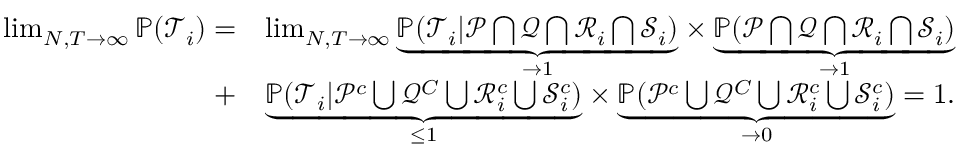
\begin{array} { r l } { \operatorname* { l i m } _ { N , T \to \infty } \mathbb { P } ( \mathcal { T } _ { i } ) = } & { \operatorname* { l i m } _ { N , T \to \infty } \underset { \to 1 } { \underbrace { \mathbb { P } ( \mathcal { T } _ { i } \vert \mathcal { P } \bigcap \mathcal { Q } \bigcap \mathcal { R } _ { i } \bigcap \mathcal { S } _ { i } ) } } \times \underset { \to 1 } { \underbrace { \mathbb { P } ( \mathcal { P } \bigcap \mathcal { Q } \bigcap \mathcal { R } _ { i } \bigcap \mathcal { S } _ { i } ) } } } \\ { + } & { \underset { \leq 1 } { \underbrace { \mathbb { P } ( \mathcal { T } _ { i } \vert \mathcal { P } ^ { c } \bigcup \mathcal { Q } ^ { C } \bigcup \mathcal { R } _ { i } ^ { c } \bigcup \mathcal { S } _ { i } ^ { c } ) } } \times \underset { \to 0 } { \underbrace { \mathbb { P } ( \mathcal { P } ^ { c } \bigcup \mathcal { Q } ^ { C } \bigcup \mathcal { R } _ { i } ^ { c } \bigcup \mathcal { S } _ { i } ^ { c } ) } } = 1 . } \end{array}